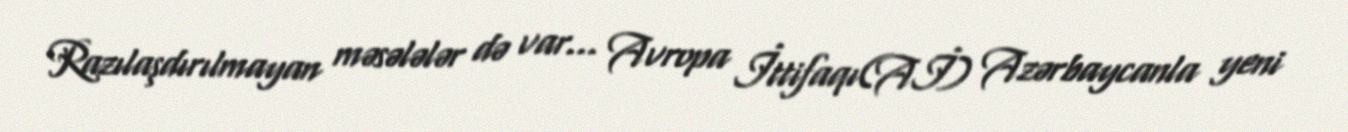
Razılaşdırılmayan məsələlər də var... Avropa İttifaqı(Aİ) Azərbaycanla yeni